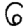
Digit: 6